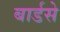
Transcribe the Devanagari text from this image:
बार्डसे